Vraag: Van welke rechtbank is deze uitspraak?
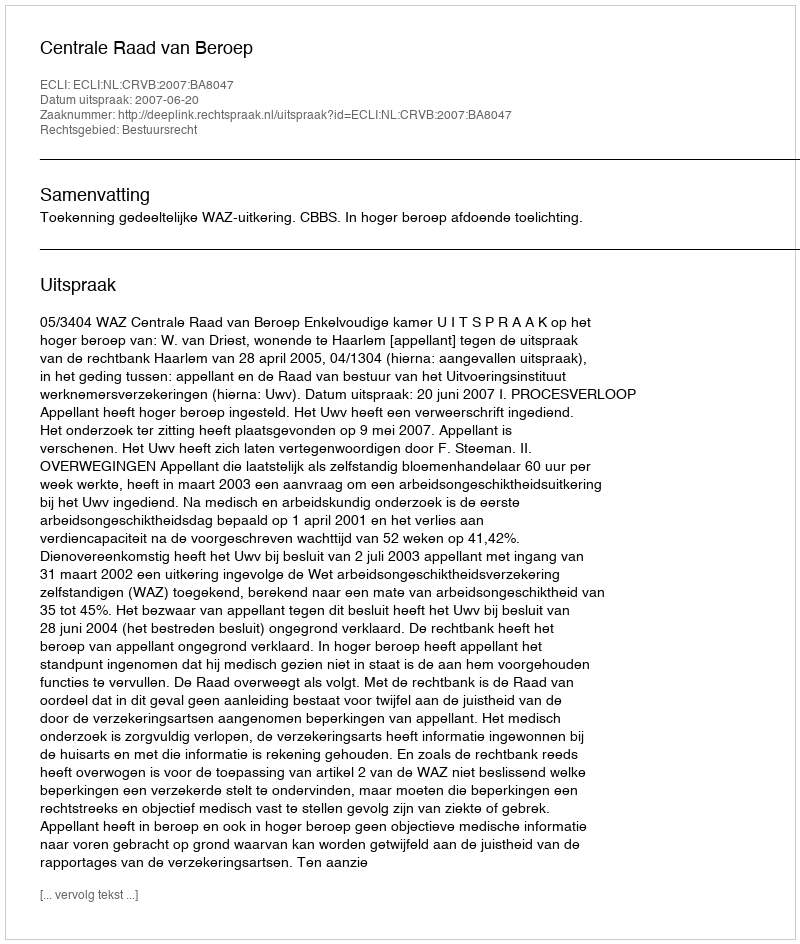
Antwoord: Centrale Raad van Beroep